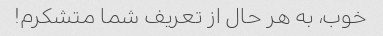
خوب، به هر حال از تعریف شما متشکرم!